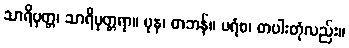
သာရိပုတ္တ၊ သာရိပုတ္တရာ။ ပုန၊ တဘန်။ ပရံစ၊ တပါးတုံလည်း။